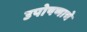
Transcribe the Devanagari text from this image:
उपोषणाचे